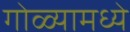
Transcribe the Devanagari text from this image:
गोळ्यामध्ये